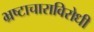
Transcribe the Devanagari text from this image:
भ्रष्टाचाराविरोधी